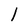
Character: l